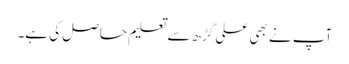
آپ نے بھی علی گڑھ سے تعلیم حاصل کی ہے۔